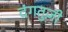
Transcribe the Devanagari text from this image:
दंगतुज़ी